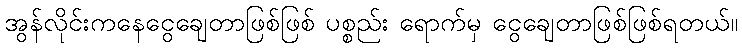
အွန်လိုင်းကနေငွေချေတာဖြစ်ဖြစ် ပစ္စည်း ရောက်မှ ငွေချေတာဖြစ်ဖြစ်ရတယ်။